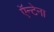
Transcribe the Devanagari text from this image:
ऍन्टेना